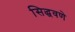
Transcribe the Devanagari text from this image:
सिद्धवणे